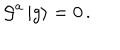
{ \cal G } ^ { a } \, | g \rangle = 0 \, .